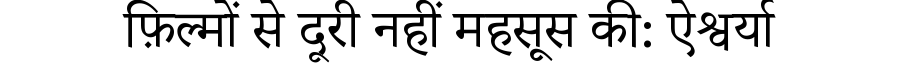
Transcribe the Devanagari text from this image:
फ़िल्मों से दूरी नहीं महसूस की: ऐश्वर्या